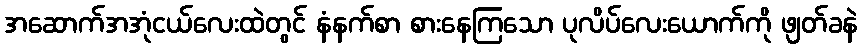
အဆောက်အအုံငယ်လေးထဲတွင် နံနက်စာ စားနေကြသော ပုလိပ်လေးယောက်ကို ဖျတ်ခနဲ